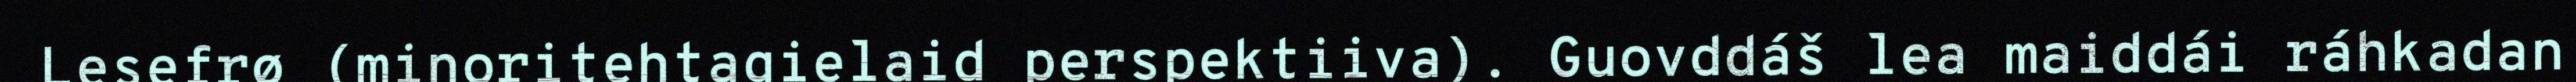
Lesefrø (minoritehtagielaid perspektiiva). Guovddáš lea maiddái ráhkadan